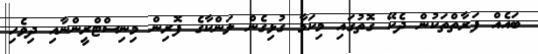
ބައެއް ފަރާތްތަކުން ދެކޭ ގޮތުގައި މިކަމާ ގުޅިގެން ލަންކާގެ ފޮރިން މިނިސްޓްރީންނާއި ދިވެހި